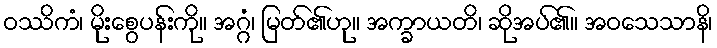
ဝဿိကံ၊ မိုးစွေပန်းကို။ အဂ္ဂံ၊ မြတ်၏ဟု။ အက္ခာယတိ၊ ဆိုအပ်၏။ အဝသေသာနိ၊